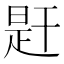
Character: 𢆝